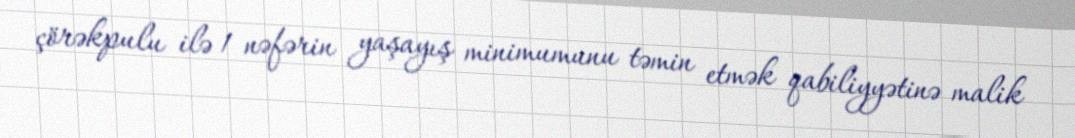
çörəkpulu ilə 1 nəfərin yaşayış minimumunu təmin etmək qabiliyyətinə malik